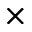
\times